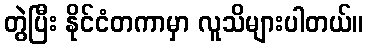
တွဲပြီး နိုင်ငံတကာမှာ လူသိများပါတယ်။